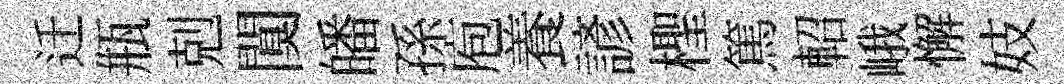
迁瓶剋闃皤孫庖養諺檉篤軺峨懈妓